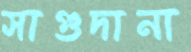
সাগুদানা